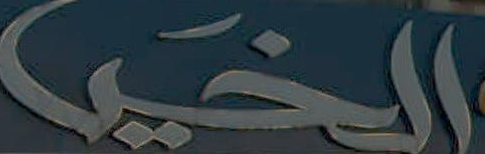
الخرا